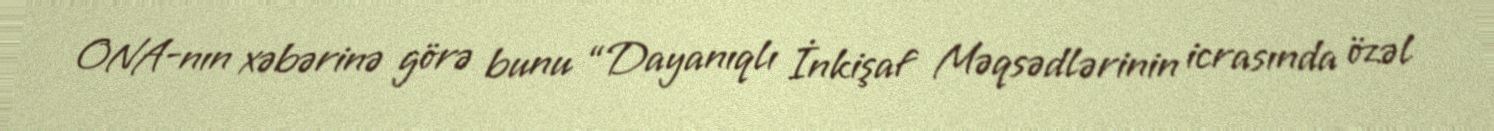
ONA-nın xəbərinə görə bunu “Dayanıqlı İnkişaf Məqsədlərinin icrasında özəl